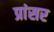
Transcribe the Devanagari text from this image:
प्रांसर